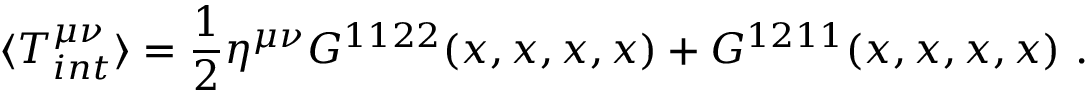
\langle T _ { i n t } ^ { \mu \nu } \rangle = \frac { 1 } { 2 } \eta ^ { \mu \nu } { \cal { G } } ^ { 1 1 2 2 } ( x , x , x , x ) + { \cal { G } } ^ { 1 2 1 1 } ( x , x , x , x ) \ .